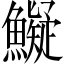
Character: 𩼨